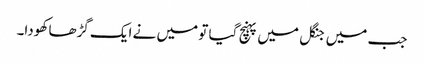
جب میں جنگل میں پہنچ گیا تو میں نے ایک گڑھا کھودا۔